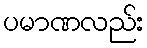
ပမာဏလည်း